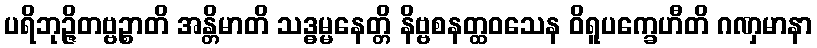
ပရိဘုဉ္ဇိတဗ္ဗဉ္စာတိ အန္တိမာတိ သဒ္ဓမ္မနေတ္တိ နိဗ္ဗစနတ္ထဝသေန ဝိရူပက္ခေဟီတိ ဂဏှမာနာ